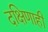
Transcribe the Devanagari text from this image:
दक्षिणाही